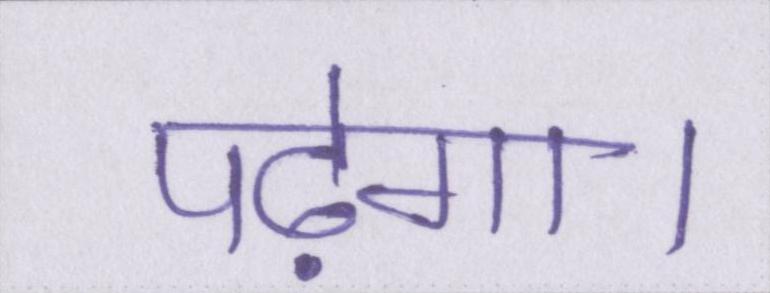
पढ़ेगा।